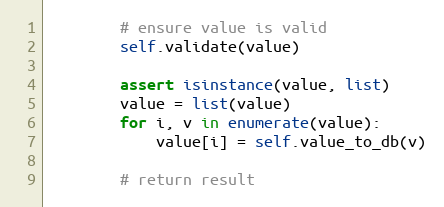
Language: Python
        # ensure value is valid
        self.validate(value)

        assert isinstance(value, list)
        value = list(value)
        for i, v in enumerate(value):
            value[i] = self.value_to_db(v)

        # return result